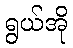
ရွယ်အို